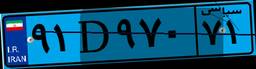
۵۰D۰۶۳۶۷